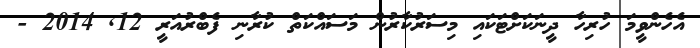
އެހެންވީމަ ހުރިހާ ދީނަކަށްޓަކައި މިސަރުކާރުން މަސައްކަތް ކުރާނި ފެބްރުއަރީ 12